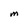
Character: m